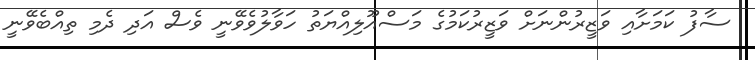
ސާފު ކަމަށާއި ވަޒީރުންނަށް ވަޒީރުކަމުގެ މަސްއޫލިއްޔަތު ހަވާލުވެވޭނީ ވެސް އަދި ދެމި ތިއްބެވޭނީ